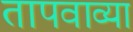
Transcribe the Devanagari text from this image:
तापवाव्या